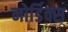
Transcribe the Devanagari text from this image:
नोर्डिक्स